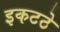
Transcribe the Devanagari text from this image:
इकटठे